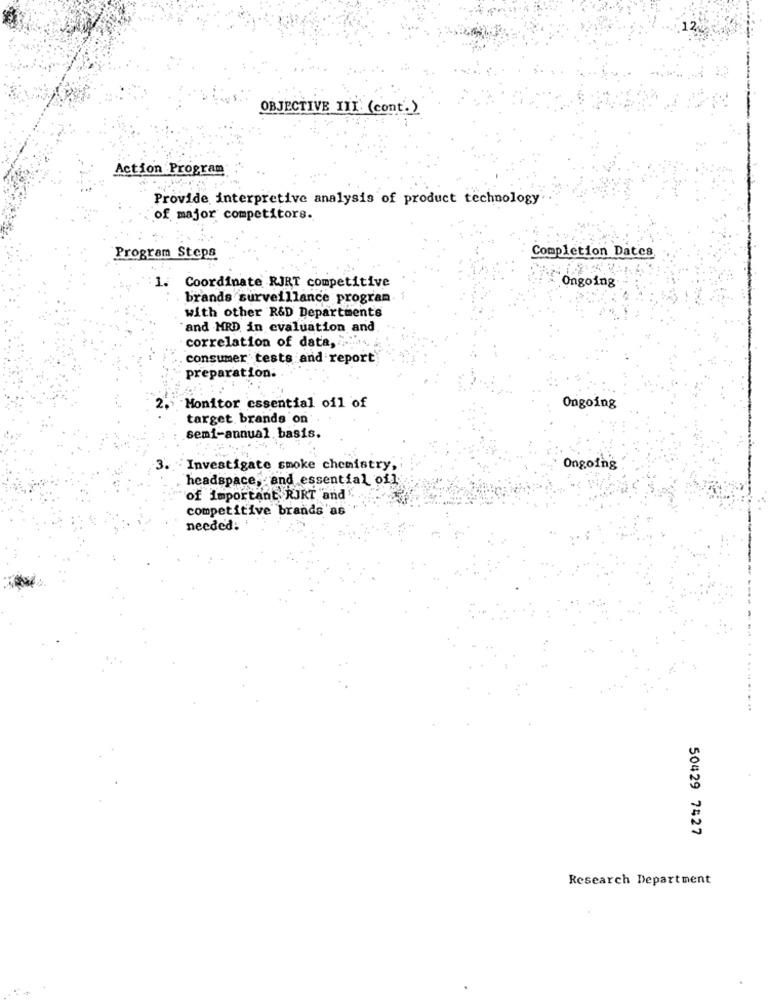
OBJECTIVE III (cont.)
Action Program
Provide interpretive analysis of product technology
of major competitors.
Program Steps
Completion Dates
1. Coordinate RJRT competitive
Ongoing
brands surveillance program.
with other R&D Departments
"and MRD in evaluation and
correlation of data, > ...
consumer tests and report
preparation:
Monitor essential oil of
Ongoing
target. brands on
semi-annual. basis.
3.
Investigate smoke chemistry,
Ongoing
headspace, and essential of]
of important RJRT and.
competitive brands as
needed:
50429 7427
Research Department